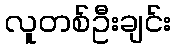
လူတစ်ဦးချင်း